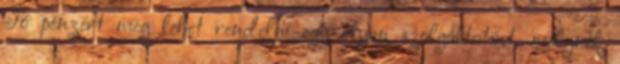
Jó pénzért meg lehet rendelni egy olyan szolgáltatást, melynek